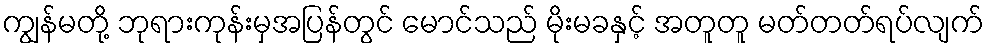
ကျွန်မတို့ ဘုရားကုန်းမှအပြန်တွင် မောင်သည် မိုးမခနှင့် အတူတူ မတ်တတ်ရပ်လျက်